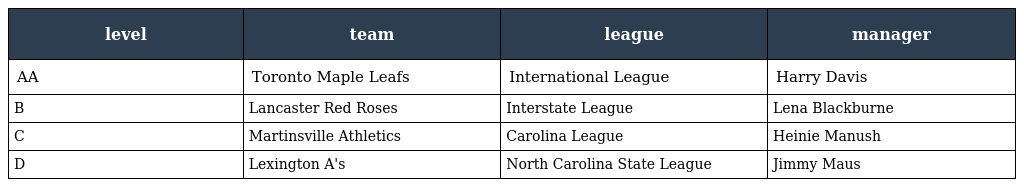
| level | team | league | manager |
 | --- | --- | --- | --- |
 | AA | Toronto Maple Leafs | International League | Harry Davis |
 | B | Lancaster Red Roses | Interstate League | Lena Blackburne |
 | C | Martinsville Athletics | Carolina League | Heinie Manush |
 | D | Lexington A's | North Carolina State League | Jimmy Maus |